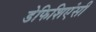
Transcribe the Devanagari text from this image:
डेफिशिएंसी